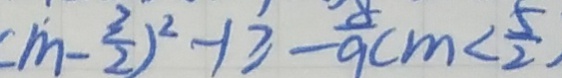
( m - \frac { 3 } { 2 } ) ^ { 2 } - 1 \geq - 9 c m < \frac { 5 } { 2 }